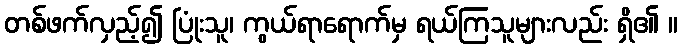
တစ်ဖက်လှည့်၍ ပြုံးသူ၊ ကွယ်ရာရောက်မှ ရယ်ကြသူများလည်း ရှိ၏ ။